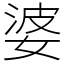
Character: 婆